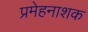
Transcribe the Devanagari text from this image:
प्रमेहनाशक